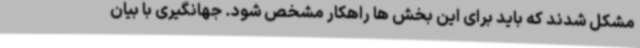
مشکل شدند که باید برای این بخش ها راهکار مشخص شود. جهانگیری با بیان